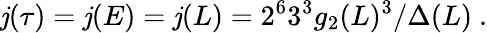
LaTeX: \mathit{j}(\tau)=\mathit{j}(E)=\mathit{j}(L)=2^{6}3^{3}g_{2}(L)^{3}/\Delta(L)\ .